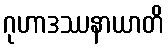
ဂုဟာဒဿနာယာတိ